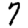
Digit: 7